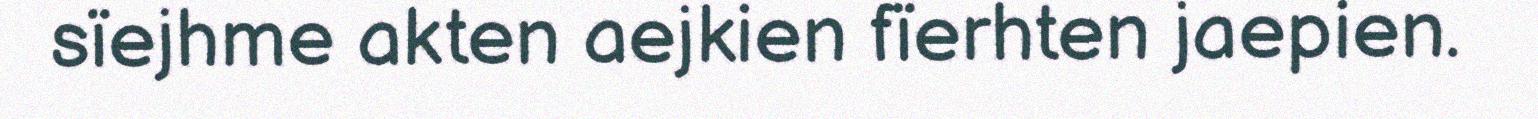
sïejhme akten aejkien fïerhten jaepien.